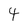
Character: 4